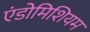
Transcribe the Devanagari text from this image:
एंडोमिशियम